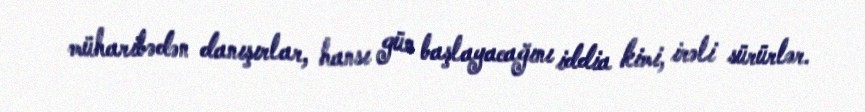
müharibədən danışırlar, hansı gün başlayacağını iddia kimi, irəli sürürlər.